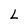
Character: L